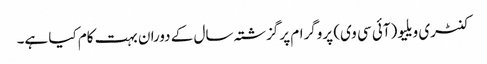
کنٹری ویلیو (آئی سی وی) پروگرام پر گزشتہ سال کے دوران بہت کام کیا ہے۔